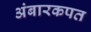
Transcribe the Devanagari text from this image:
अंबारकपत